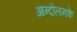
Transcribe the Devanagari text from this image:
आन्दोलनके